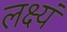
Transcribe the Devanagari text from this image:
लक्ष्यं